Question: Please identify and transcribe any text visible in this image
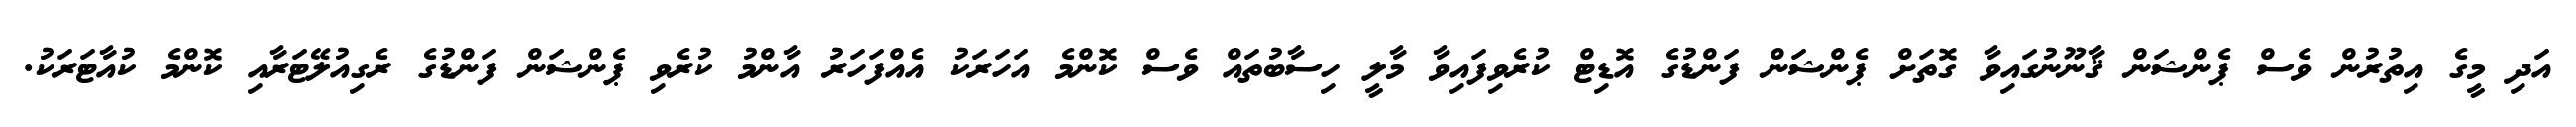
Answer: އަދި މީގެ އިތުރުން ވެސް ޕެންޝަން ޤާނޫނުގައިވާ ގޮތަށް ޕެންޝަން ފަންޑުގެ އޮޑިޓް ކުރެވިފައިވާ މާލީ ހިސާބުތައް ވެސް ކޮންމެ އަހަރަކު އެއްފަހަރު އާންމު ކުރެވި ޕެންޝަން ފަންޑުގެ ރެގިއުލޭޓަރާއި ކޮންމެ ކުއާޓަރަކު.